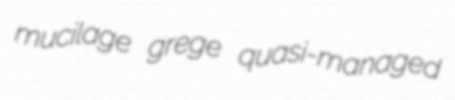
mucilage grege quasi-managed